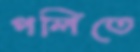
পলিতে